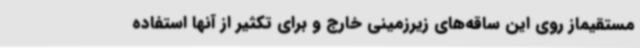
مستقیماز روی این ساقه‌های زیرزمینی خارج و برای تکثیر از آنها استفاده